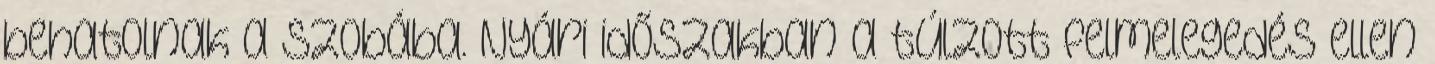
behatolnak a szobába. Nyári időszakban a túlzott felmelegedés ellen